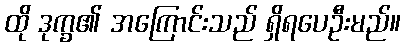
ထို ဒုက္ခ၏ အကြောင်းသည် ရှိရပေဦးမည်။